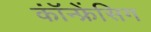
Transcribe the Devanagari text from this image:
कॉंन्फ्रेंसिग